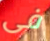
فى